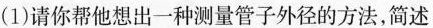
(1)请你帮他想出一种测量管子外径的方法，简述